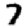
Digit: 7